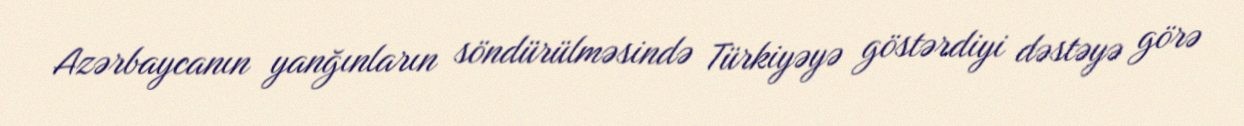
Azərbaycanın yanğınların söndürülməsində Türkiyəyə göstərdiyi dəstəyə görə